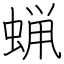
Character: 蝋